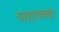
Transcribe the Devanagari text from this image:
पाहायच्या